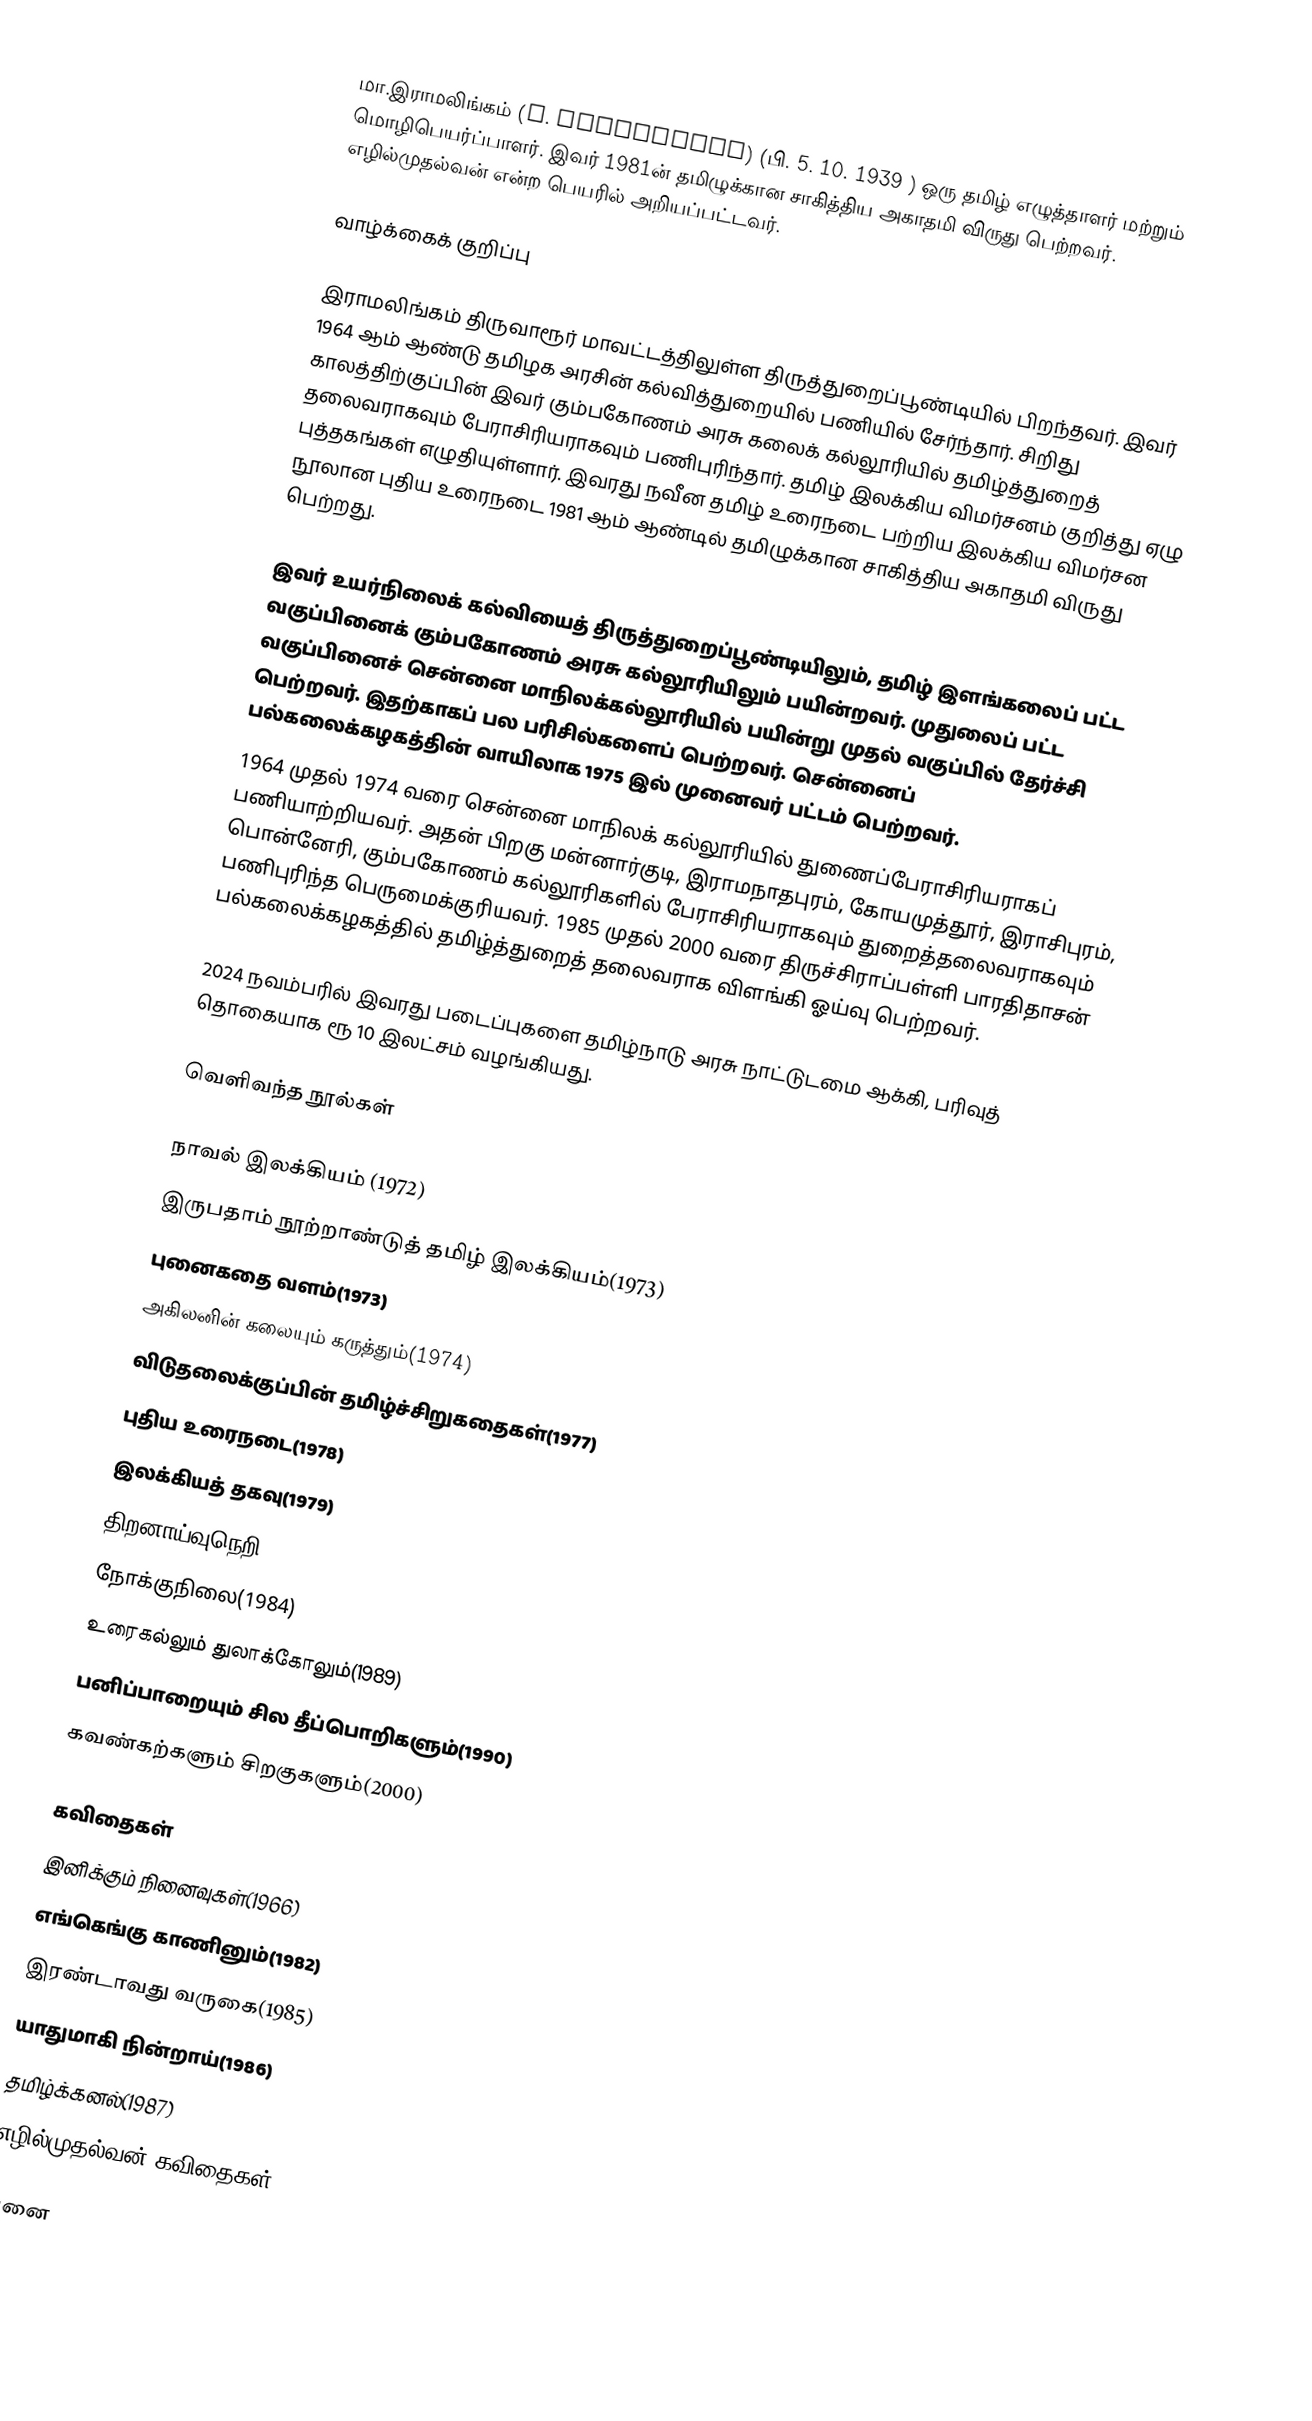
மா.இராமலிங்கம் (M. Ramalingam) (பி. 5. 10. 1939 )  ஒரு தமிழ் எழுத்தாளர் மற்றும் மொழிபெயர்ப்பாளர். இவர் 1981ன் தமிழுக்கான சாகித்திய அகாதமி விருது பெற்றவர். எழில்முதல்வன் என்ற பெயரில் அறியப்பட்டவர்.

வாழ்க்கைக் குறிப்பு

இராமலிங்கம் திருவாரூர் மாவட்டத்திலுள்ள திருத்துறைப்பூண்டியில் பிறந்தவர். இவர் 1964 ஆம் ஆண்டு தமிழக அரசின் கல்வித்துறையில் பணியில் சேர்ந்தார். சிறிது காலத்திற்குப்பின் இவர் கும்பகோணம் அரசு கலைக் கல்லூரியில் தமிழ்த்துறைத் தலைவராகவும் பேராசிரியராகவும் பணிபுரிந்தார்.  தமிழ் இலக்கிய விமர்சனம் குறித்து ஏழு புத்தகங்கள் எழுதியுள்ளார்.  இவரது நவீன தமிழ் உரைநடை பற்றிய இலக்கிய விமர்சன நூலான புதிய உரைநடை  1981 ஆம் ஆண்டில் தமிழுக்கான சாகித்திய அகாதமி விருது பெற்றது.

இவர் உயர்நிலைக் கல்வியைத் திருத்துறைப்பூண்டியிலும், தமிழ் இளங்கலைப் பட்ட வகுப்பினைக் கும்பகோணம் அரசு கல்லூரியிலும் பயின்றவர். முதுலைப் பட்ட வகுப்பினைச் சென்னை மாநிலக்கல்லூரியில் பயின்று முதல் வகுப்பில் தேர்ச்சி பெற்றவர். இதற்காகப் பல பரிசில்களைப் பெற்றவர். சென்னைப் பல்கலைக்கழகத்தின் வாயிலாக 1975 இல் முனைவர் பட்டம் பெற்றவர்.
1964 முதல் 1974 வரை சென்னை மாநிலக் கல்லூரியில் துணைப்பேராசிரியராகப் பணியாற்றியவர். அதன் பிறகு மன்னார்குடி, இராமநாதபுரம், கோயமுத்தூர், இராசிபுரம், பொன்னேரி, கும்பகோணம் கல்லூரிகளில் பேராசிரியராகவும் துறைத்தலைவராகவும் பணிபுரிந்த பெருமைக்குரியவர். 1985 முதல் 2000 வரை திருச்சிராப்பள்ளி பாரதிதாசன் பல்கலைக்கழகத்தில் தமிழ்த்துறைத் தலைவராக விளங்கி ஓய்வு பெற்றவர்.

2024 நவம்பரில் இவரது படைப்புகளை தமிழ்நாடு அரசு நாட்டுடமை ஆக்கி, பரிவுத் தொகையாக ரூ 10 இலட்சம்  வழங்கியது.

வெளிவந்த நூல்கள்

 நாவல் இலக்கியம் (1972)
 இருபதாம் நூற்றாண்டுத் தமிழ் இலக்கியம்(1973)
 புனைகதை வளம்(1973)
 அகிலனின் கலையும் கருத்தும்(1974)
 விடுதலைக்குப்பின் தமிழ்ச்சிறுகதைகள்(1977)
 புதிய உரைநடை(1978)
 இலக்கியத் தகவு(1979)
 திறனாய்வுநெறி(1983)
 நோக்குநிலை(1984)
 உரைகல்லும் துலாக்கோலும்(1989)
 பனிப்பாறையும் சில தீப்பொறிகளும்(1990)
 கவண்கற்களும் சிறகுகளும்(2000)

கவிதைகள்
 இனிக்கும் நினைவுகள்(1966)
 எங்கெங்கு காணினும்(1982)
 இரண்டாவது வருகை(1985)
 யாதுமாகி நின்றாய்(1986)
 தமிழ்க்கனல்(1987)
 எழில்முதல்வன் கவிதைகள்(2000)

புனை